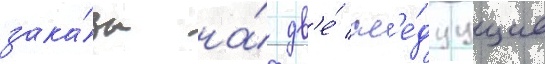
зака́зы на́ дв'е́ сл'е́дуущие